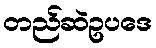
တည်ဆဲဥပဒေ